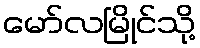
မော်လမြိုင်သို့